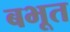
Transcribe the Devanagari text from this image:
बभूत